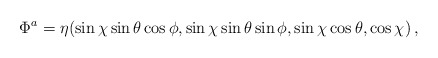
\begin{align*}\Phi^a = \eta (\sin\chi \sin\theta \cos\phi,\sin\chi \sin\theta \sin\phi,\sin\chi \cos\theta, \cos\chi)\,,\end{align*}